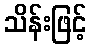
သိန်းဖြင့်